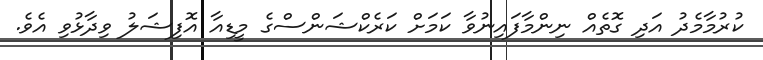
ކުރުމާމެދު އަދި ގޮތެއް ނިންމާފައިނުވާ ކަމަށް ކަރެކްޝަންސްގެ މީޑިއާ އޮފިޝަލު ވިދާޅުވި އެވެ.